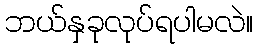
ဘယ်နှခုလုပ်ရပါမလဲ။